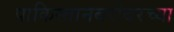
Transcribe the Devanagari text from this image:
पाकिस्तानबरोबरच्या